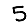
Digit: 5